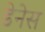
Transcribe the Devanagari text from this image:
डेनेस